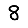
Digit: 8